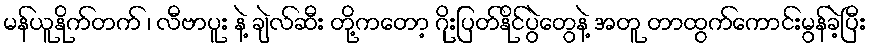
မန်ယူနိုက်တက် ၊ လီဗာပူး နဲ့ ချဲလ်ဆီး တို့ကတော့ ဂိုးပြတ်နိုင်ပွဲတွေနဲ့ အတူ တာထွက်ကောင်းမွန်ခဲ့ပြီး